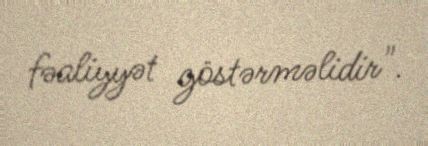
fəaliyyət göstərməlidir".